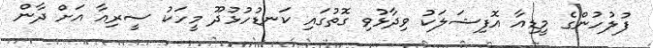
ފުލުހުންގެ މީޑިއާ އޮފިޝަލަކު ވިދާޅުވި ގޮތުގައި ކަނޑުހުޅުދޫ މީހަކު ސީރިއާ އަށް ދާން